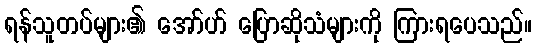
ရန်သူတပ်များ၏ အော်ဟ် ပြောဆိုသံများကို ကြားရပေသည်။